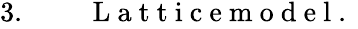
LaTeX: \begin{array}{rlr}{3.\ }&{{}}&{\mathrm{~L~a~t~t~i~c~e~m~o~d~e~l~.~}}\end{array}